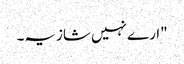
"ارے نہیں شازیہ۔